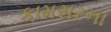
કામસરના